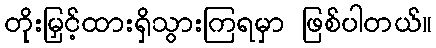
တိုးမြှင့်ထားရှိသွားကြရမှာ ဖြစ်ပါတယ်။